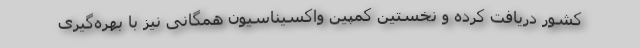
کشور دریافت کرده و نخستین کمپین واکسیناسیون همگانی نیز با بهره‌گیری